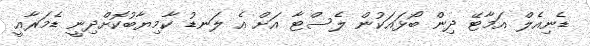
ޑެނިއެލް އަމާޓޭ ދިން ބޯޅައަކުން ލެސްޓާ އަށް އެ ލަނޑު ކާމިޔާބުކޮށްދިނީ ޑެމަރާއީ